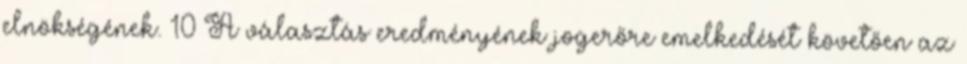
elnökségének. 10 A választás eredményének jogerőre emelkedését követően az